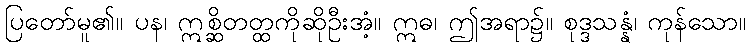
ပြတော်မူ၏။ ပန၊ ဣစ္ဆိတတ္ထကိုဆိုဦးအံ့။ ဣဓ၊ ဤအရာ၌။ စုဒ္ဒသန္နံ၊ ကုန်သော။